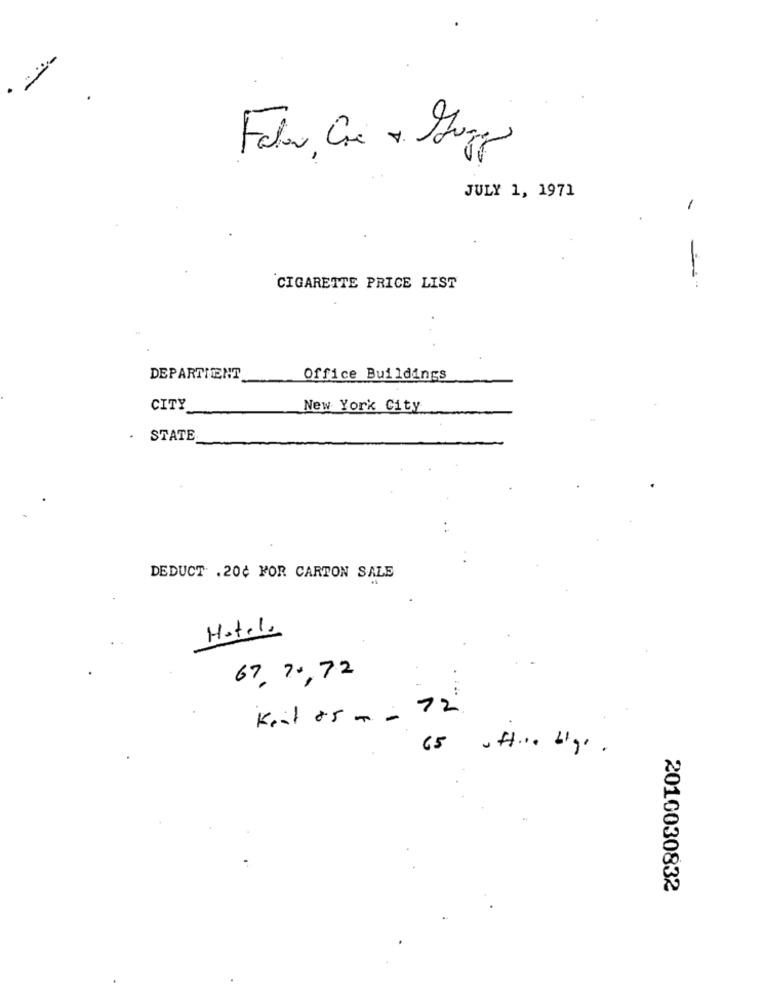
Fala, Cre v. Hugo
JULY 1, 1971
1
CIGARETTE PRICE LIST
DEPARTIENT
Office Buildings
CITY
New York City
STATE
DEDUCT .20¢ FOR CARTON SALE
Hotel.
67, 70,72
....
Keit 85 m - 72.
65
2010030832